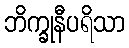
ဘိက္ခုနီပရိသာ